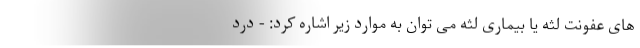
های عفونت لثه یا بیماری لثه می توان به موارد زیر اشاره کرد: - درد